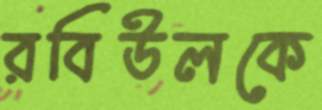
রবিউলকে